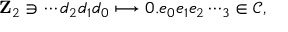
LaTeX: \mathbf { Z } _ { 2 } \ni \cdots d _ { 2 } d _ { 1 } d _ { 0 } \longmapsto 0 . e _ { 0 } e _ { 1 } e _ { 2 } \cdots _ { 3 } \in { \mathcal { C } } ,